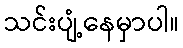
သင်းပျံ့နေမှာပါ။